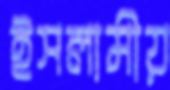
ইসলামীয়